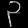
Digit: ၃